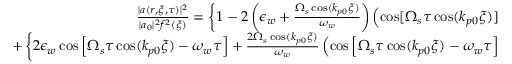
\begin{array} { r l } { \frac { | a ( r , \xi , \tau ) | ^ { 2 } } { | a _ { 0 } | ^ { 2 } f ^ { 2 } ( \xi ) } = \left\{ 1 - 2 \left( \epsilon _ { w } + \frac { \Omega _ { s } \cos ( k _ { p 0 } \xi ) } { \omega _ { w } } \right) \left( \cos [ \Omega _ { s } \tau \cos ( k _ { p 0 } \xi ) ] - 1 \right) \right\} } & { { } \mathrm { ~ L ~ G ~ } _ { 0 0 } ^ { 2 } ( r ) } \\ { + \left\{ 2 \epsilon _ { w } \cos \left[ \Omega _ { s } \tau \cos ( k _ { p 0 } \xi ) - \omega _ { w } \tau \right] + \frac { 2 \Omega _ { s } \cos ( k _ { p 0 } \xi ) } { \omega _ { w } } \left( \cos \left[ \Omega _ { s } \tau \cos ( k _ { p 0 } \xi ) - \omega _ { w } \tau \right] - 1 \right) \right\} } & { { } \mathrm { ~ L ~ G ~ } _ { 0 0 } ( r ) \mathrm { ~ L ~ G ~ } _ { 1 0 } ( r ) \, . } \end{array}